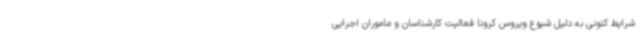
شرایط کنونی به دلیل شیوع ویروس کرونا فعالیت کارشناسان و ماموران اجرایی